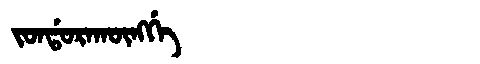
Manchu: ᠵᠣᠨᡩᠣᡵᠠᡴᡡᠩᡤᡝ
Romanization: JONDORAKŪNGGE